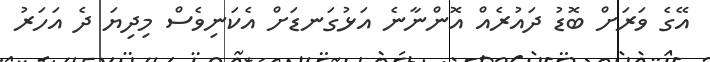
އޭގެ ވަރަށް ބޮޑު ދައުރެއް އޮންނާނެ އަޅުގަނޑަށް އެކަނިވެސް މިދިޔަ ދެ އަހަރު